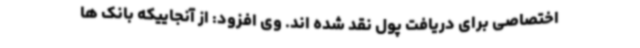
اختصاصی برای دریافت پول نقد شده اند. وی افزود: از آنجاییکه بانک ها